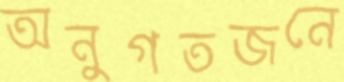
অনুগতজনে